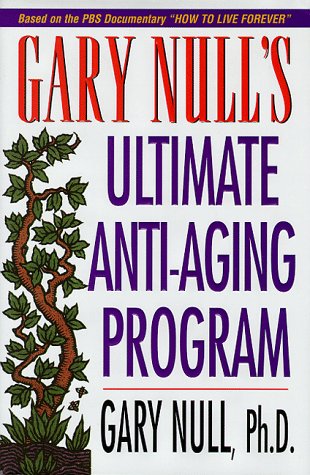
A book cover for Gary Null's Ultimate Anti-Aging Program; Gary Null; Health, Fitness & Dieting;